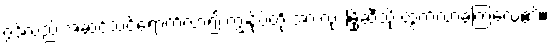
ဂွဒ်လည်းအဆင်သင့်ရောက်လာ၍ ကျွန်ုပ်တို့ အားလုံး မြို့ဆီသို့ ထွက်လာခဲ့ကြလေ၏။